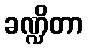
ခဏ္ဍိတာ